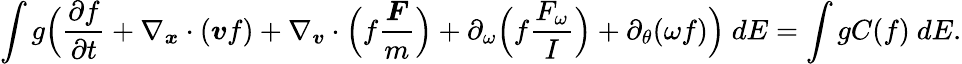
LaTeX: \int g\Big(\frac{\partial f}{\partial t}+\nabla_{\boldsymbol{x}}\cdot(\boldsymbol{v}f)+\nabla_{\boldsymbol{v}}\cdot\Big(f\frac{\boldsymbol{F}}{m}\Big)+\partial_{\omega}\Big(f\frac{F_{\omega}}{I}\Big)+\partial_{\theta}(\omega f)\Big)\ dE=\int gC(f)\ dE.